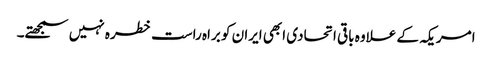
امریکہ کے علاوہ باقی اتحادی ابھی ایران کو براہ راست خطرہ نہیں سمجھتے۔